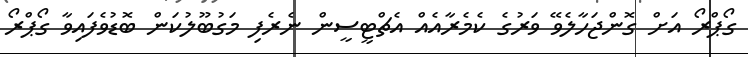
ގޯޕްރޯ އަށް ގޮންޖަހާލެވޭ ވަރުގެ ކެމެރާއެއް އެޗްޓީސީން ނެރެފި މަގުބޫލުކަން ބޮޑުވެފައިވާ ގޯޕްރޯ